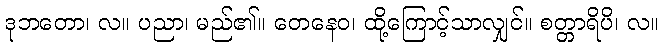
ဒုဘတော၊ လ။ ပညာ၊ မည်၏။ တေနေဝ၊ ထို့ကြောင့်သာလျှင်။ စတ္တာရိပိ၊ လ။